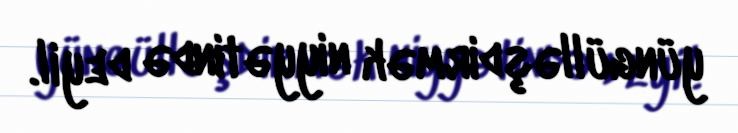
yüngülləşdirmək niyyətində deyil.